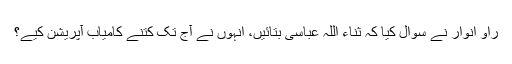
راو انوار نے سوال کیا کہ ثناء اللہ عباسی بتائیں، انہوں نے آج تک کتنے کامیاب آپریشن کیے؟